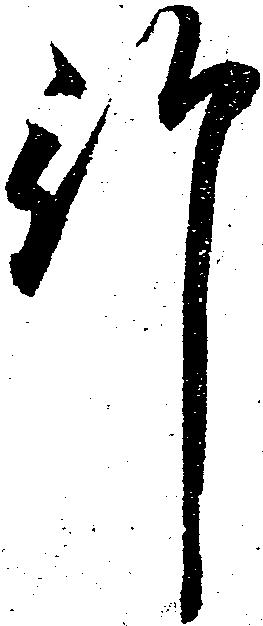
行